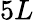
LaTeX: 5L